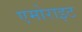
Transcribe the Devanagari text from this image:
एमोराइट